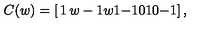
C ( w ) = \left[ \begin{matrix} { 1 } & { w - 1 } & { w } \\ { 1 } & { - 1 } & { 0 } \\ { 1 } & { 0 } & { - 1 } \\ \end{matrix} \right] ,